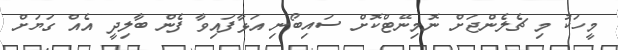
މީހަކު މި ޗެލެންޖަށް ނޮމިނޭޓްކޮށް ސައިބޯނި އަޅާފައިވާ ފެން ބާލިދީ އެއް ގަޔަށް